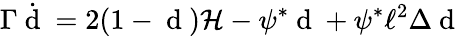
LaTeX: \Gamma\dot{\mathrm{~d~}}=2(1-\mathrm{~d~})\mathcal{H}-\psi^{*}\mathrm{~d~}+\psi^{*}\ell^{2}\Delta\mathrm{~d~}